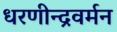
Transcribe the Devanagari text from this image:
धरणीन्द्रवर्मन